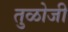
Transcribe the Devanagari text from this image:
तुळोजी